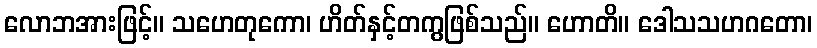
လောဘအားဖြင့်။ သဟေတုကော၊ ဟိတ်နှင့်တကွဖြစ်သည်။ ဟောတိ။ ဒေါသသဟဂတော၊